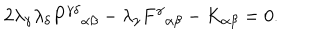
2 \lambda _ { \gamma } \lambda _ { \delta } P ^ { \gamma \delta } { } _ { \alpha \beta } - \lambda _ { \gamma } F ^ { \gamma } { } _ { \alpha \beta } - K _ { \alpha \beta } = 0 .